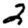
Digit: 2